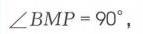
\(\angle BMP = 90^{\circ}\)